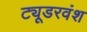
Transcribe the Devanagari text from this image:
ट्यूडरवंश